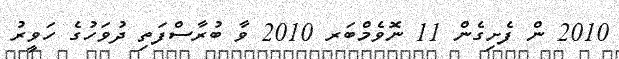
2010 ން ފެށިގެން 11 ނޮވެމްބަރ 2010 ވާ ބުރާސްފަތި ދުވަހުގެ ހަވީރު